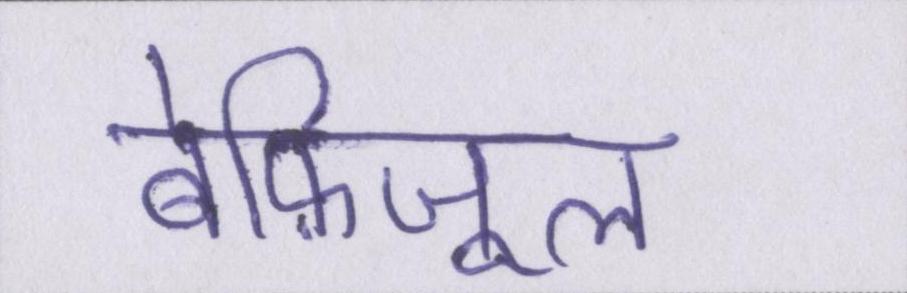
बेफ़िजूल